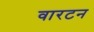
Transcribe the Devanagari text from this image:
वारटन